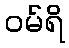
ဝမ်ရိ